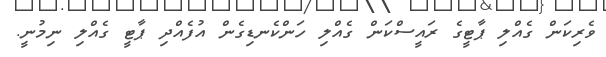
ވެރިކަން ގެއްލި ޕާޓީގެ ރައީސްކަން ގެއްލި ހަންކެނޑިގެން އުފެއްދި ޕާޓީ ގެއްލި ނިމުނީ.